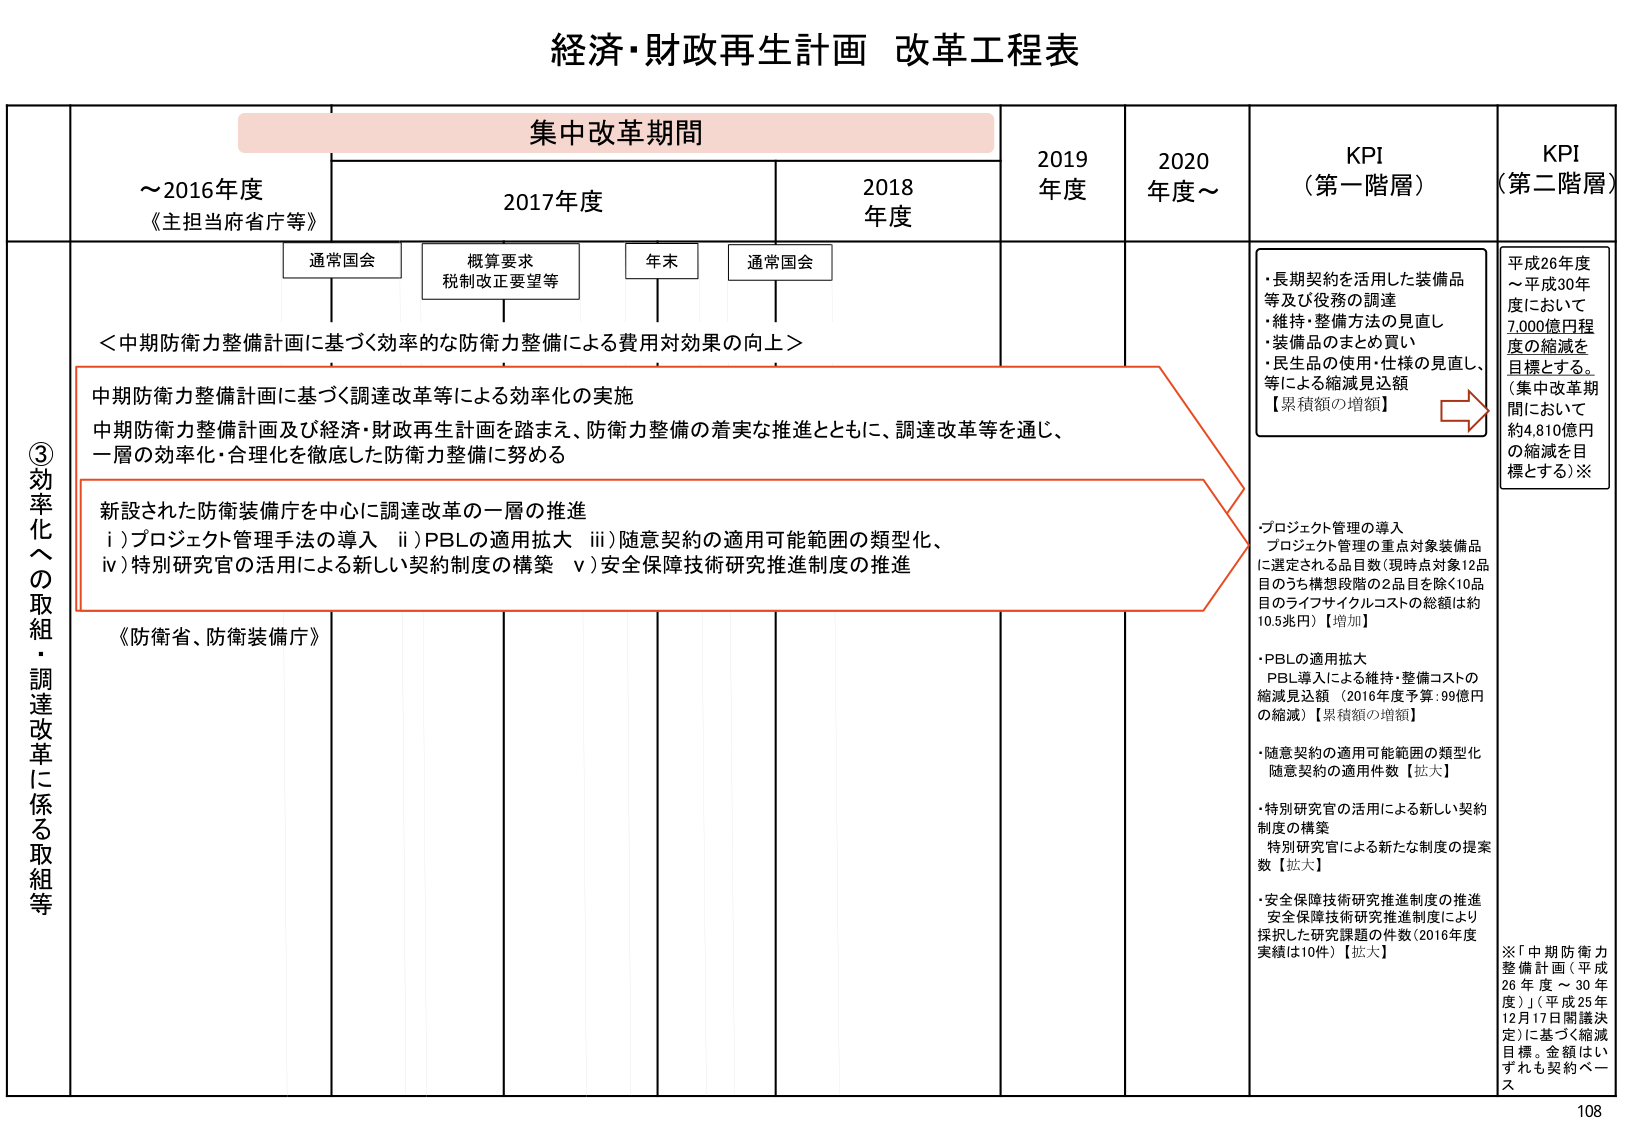
経済・財政再生計画 改革工程表

集中改革期間

～2016年度
《主担当府省庁等》

2017年度

2018年度

2019年度

2020年度～

KPI
（第一階層）

KPI
（第二階層）

通常国会

概算要求
税制改正要望等

年末

通常国会

＜中期防衛力整備計画に基づく効率的な防衛力整備による費用対効果の向上＞

③効率化への取組・調達改革に係る取組等

中期防衛力整備計画に基づく調達改革等による効率化の実施
中期防衛力整備計画及び経済・財政再生計画を踏まえ、防衛力整備の着実な推進とともに、調達改革等を通じ、一層の効率化・合理化を徹底した防衛力整備に努める

新設された防衛装備庁を中心に調達改革の一層の推進
i）プロジェクト管理手法の導入
ii）PBLの適用拡大
iii）随意契約の適用可能範囲の類型化、
iv）特別研究官の活用による新しい契約制度の構築
v）安全保障技術研究推進制度の推進

《防衛省、防衛装備庁》

・長期契約を活用した装備品等及び役務の調達
・維持・整備方法の見直し
・装備品のまとめ買い
・民生品の使用・仕様の見直し、等による縮減見込額
【累積額の増額】

平成26年度～平成30年度において
7,000億円程度の縮減を
目標とする。
（集中改革期間において
約4,810億円の縮減を目標とする）※

・プロジェクト管理の導入
プロジェクト管理の重点対象装備品に選定される品目数（現時点対象12品目のうち構想段階の2品目を除く10品目のライフサイクルコストの総額は約10.5兆円）【増加】

・PBLの適用拡大
PBL導入による維持・整備コストの縮減見込額（2016年度予算：99億円の縮減）【累積額の増額】

・随意契約の適用可能範囲の類型化
随意契約の適用件数【拡大】

・特別研究官の活用による新しい契約制度の構築
特別研究官による新たな制度の提案数【拡大】

・安全保障技術研究推進制度の推進
安全保障技術研究推進制度により採択した研究課題の件数（2016年度実績は10件）【拡大】

※「中期防衛力整備計画（平成26年度～30年度）」（平成25年12月17日閣議決定）に基づく縮減目標。金額はいずれも契約ベース

108